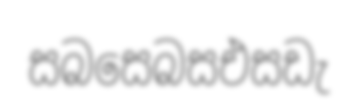
සබසෙබසඑසඩැ